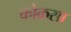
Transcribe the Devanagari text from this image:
कोकसा